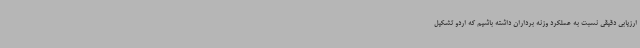
ارزیابی دقیقی نسبت به عملکرد وزنه برداران داشته باشیم که اردو تشکیل